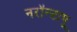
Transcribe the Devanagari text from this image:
नरॉन्टापू